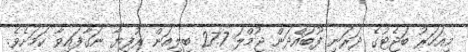
މިއަހަރު ބަޖެޓުގެ ދަރަނި ފޫބައްދަން ޖުމްލަ 27.7 ބިލިއަން ރުފިޔާ ނަގާފައިވާ ކަމަށެވެ.